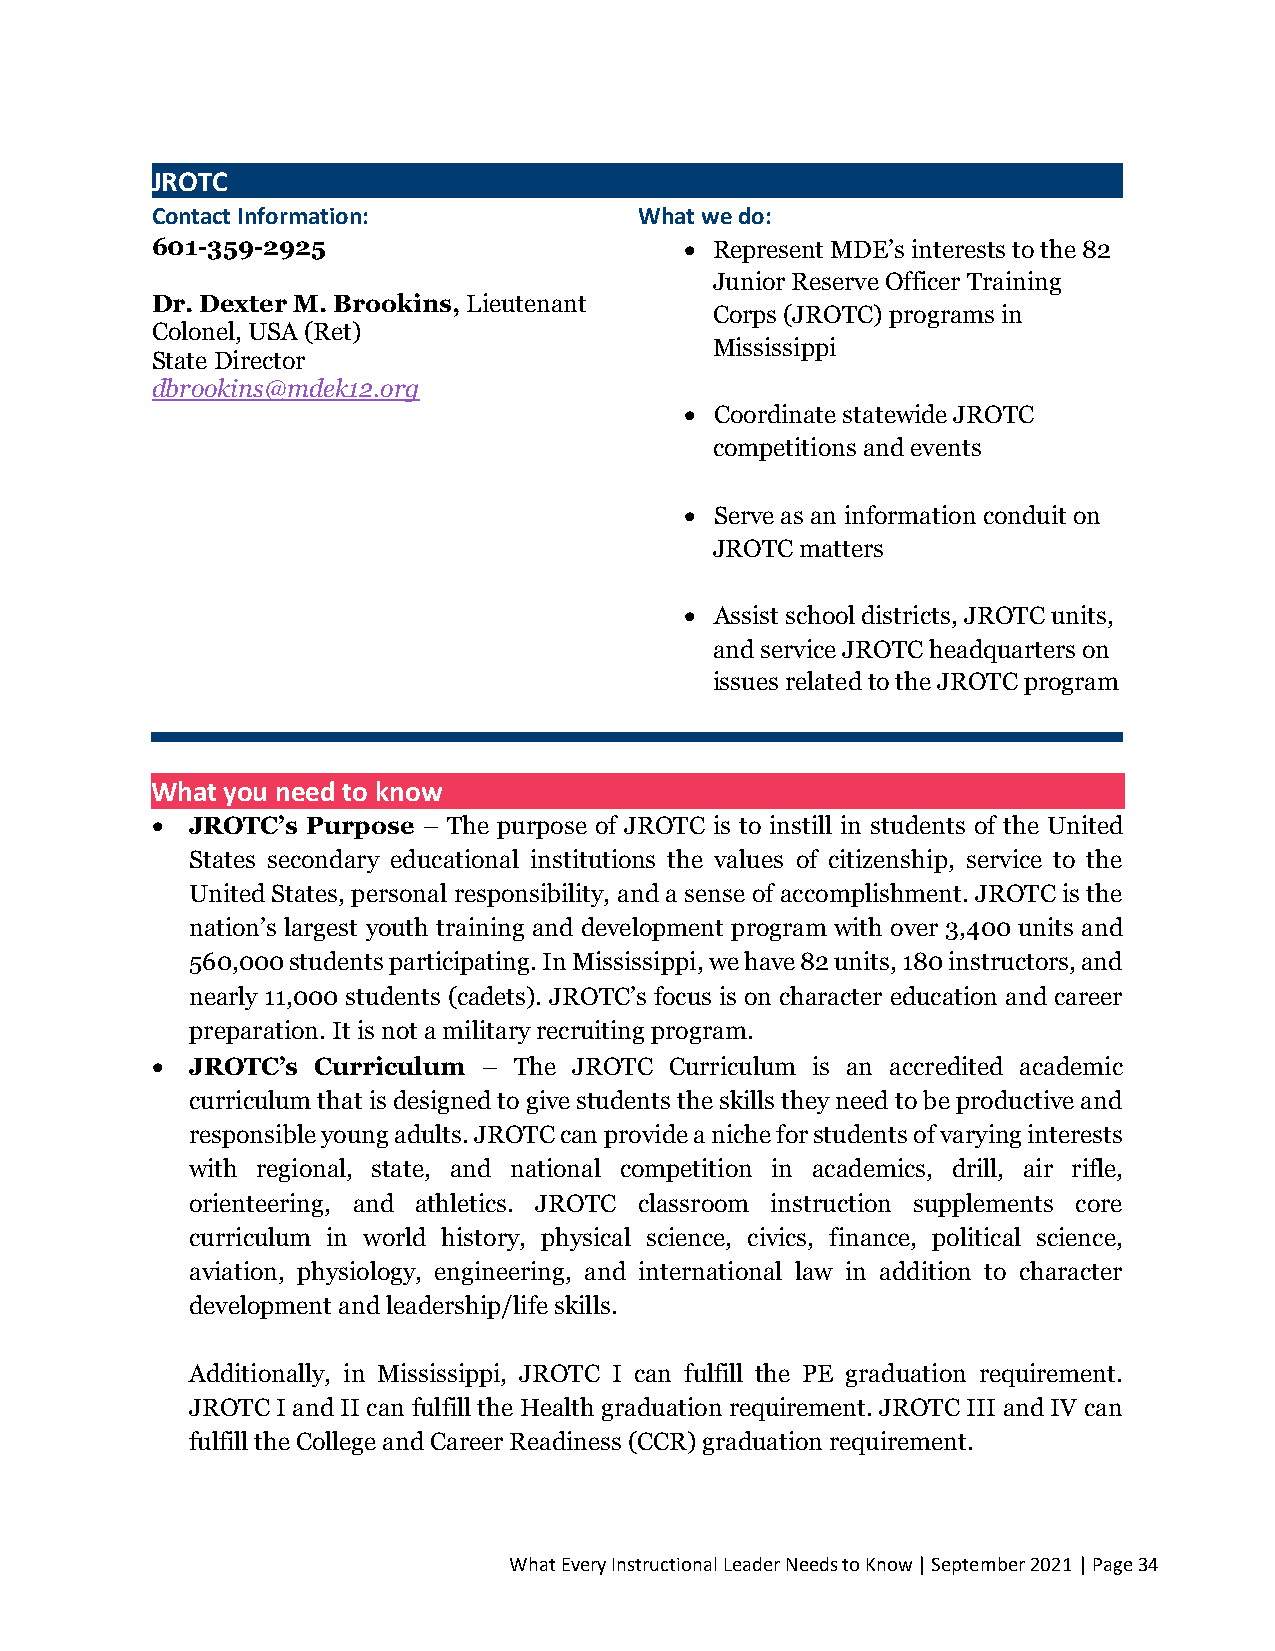
JROTC
 Contact Information:            What we do:
 601-359-2925                       • Represent MDE’s interests to the 82
 Junior Reserve Officer Training
 Dr. Dexter M. Brookins, Lieutenant
 Corps (JROTC) programs in
 Colonel, USA (Ret)
 Mississippi
 State Director
 d brookins@mdek12.org
 • Coordinate statewide JROTC
 competitions and events
 • Serve as an information conduit on
 JROTC matters
 • Assist school districts, JROTC units,
 and service JROTC headquarters on
 issues related to the JROTC program
 What you need to know
 •  JROTC’s Purpose – The purpose of JROTC is to instill in students of the United
 States secondary educational institutions the values of citizenship, service to the
 United States, personal responsibility, and a sense of accomplishment. JROTC is the
 nation’s largest youth training and development program with over 3,400 units and
 560,000 students participating. In Mississippi, we have 82 units, 180 instructors, and
 nearly 11,000 students (cadets). JROTC’s focus is on character education and career
 preparation. It is not a military recruiting program.
 •  JROTC’s Curriculum – The JROTC Curriculum is an accredited academic
 curriculum that is designed to give students the skills they need to be productive and
 responsible young adults. JROTC can provide a niche for students of varying interests
 with regional, state, and national competition in academics, drill, air rifle,
 orienteering, and athletics. JROTC classroom instruction supplements core
 curriculum in world history, physical science, civics, finance, political science,
 aviation, physiology, engineering, and international law in addition to character
 development and leadership/life skills.
 Additionally, in Mississippi, JROTC I can fulfill the PE graduation requirement.
 JROTC I and II can fulfill the Health graduation requirement. JROTC III and IV can
 fulfill the College and Career Readiness (CCR) graduation requirement.
 What Every Instructional Leader Needs to Know | September 2021 | Page 34